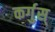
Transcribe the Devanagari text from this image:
कर्गुस्